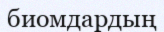
биомдардың